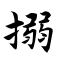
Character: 搦